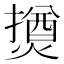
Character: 𱬐